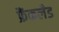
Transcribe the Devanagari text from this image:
फ्रैंकलैड